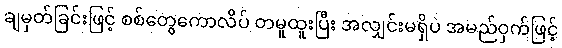
ချမှတ်ခြင်းဖြင့် စစ်တွေကောလိပ် တမူထူးပြီး အလျှင်းမရှိပဲ အမည်ဝှက်ဖြင့်